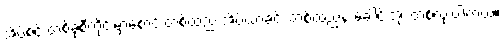
အိပ်စင် တစ်ခုစီတိုင်းမှာစောင် တစ်ထည် အိပ်ယာခင်း တစ်ထည်နဲ့ ခေါင်းအုံး တစ်လုံးပါတယ်။